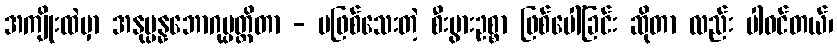
အကျိုးထဲမှာ အနုပ္ပန္နဘောဂုပ္ပတ္တိတာ - မဖြစ်သေးတဲ့ စီးပွားဥစ္စာ ဖြစ်ပေါ်ခြင်း ဆိုတာ လည်း ပါဝင်တယ်၊